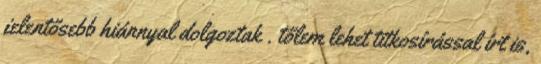
jelentősebb hiánnyal dolgoztak . tőlem lehet titkosírással írt is,